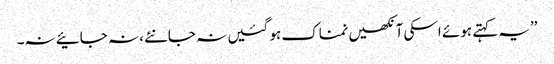
’’یہ کہتے ہوئے اسکی آنکھیں نمناک ہو گئیں نہ جانئے، نہ جائیے نہ۔